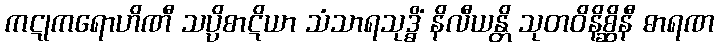
ကဋုကရောဟိဏီ သပ္ပိစာဋိယာ သံသာရသုဒ္ဓိံ နိလီယန္တိ သုတဝိနိစ္ဆိနီ ဓာရဏ